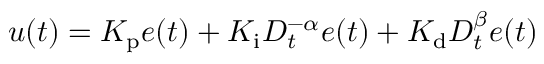
u ( t ) = K _ { \mathrm { p } } e ( t ) + K _ { \mathrm { i } } D _ { t } ^ { - \alpha } e ( t ) + K _ { \mathrm { d } } D _ { t } ^ { \beta } e ( t )